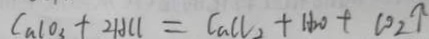
C a l o _ { 3 } + 2 H C l = C a C l _ { 2 } + H _ { 2 } O + C O _ { 2 } \uparrow